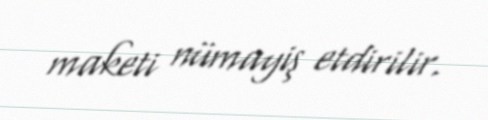
maketi nümayiş etdirilir.